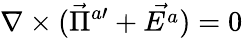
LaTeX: \nabla\times(\vec{\Pi}^{a\prime}+\vec{E^{a}})=0